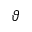
\boldsymbol \vartheta